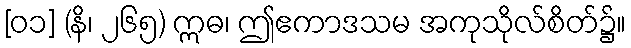
[၀၁] (နိ၊ ၂၆၅) ဣဓ၊ ဤဧကာဒသမ အကုသိုလ်စိတ်၌။